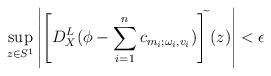
LaTeX: \begin{align*}\sup_{z\in S^1}\left|\left[D^L_X(\phi-\sum_{i=1}^n c_{m_i;\omega_i, v_i})\right]^{\widetilde{}}(z)\right|<\epsilon\end{align*}